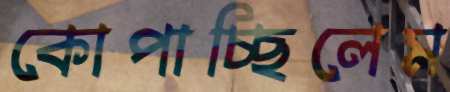
কোপাচ্ছিলেম